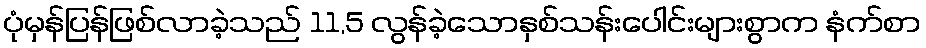
ပုံမှန်ပြန်ဖြစ်လာခဲ့သည် 11,5 လွန်ခဲ့သောနှစ်သန်းပေါင်းများစွာက နံက်စာ